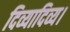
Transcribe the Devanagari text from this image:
दिव्यादिव्य।